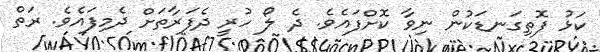
ކަޅު ފޮތިގަނޑަކުން ނިވާ ކޮށްފައެވެ. ދެ ލޯ ހުރީ ދެފަރާތަށް ދެމިފައެވެ. ރަތް